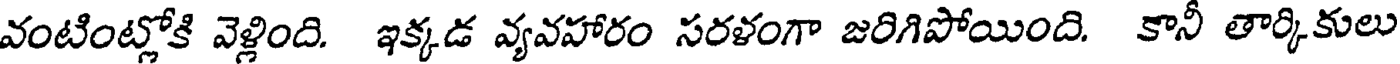
వంటింట్లోకి వెళ్లింది. ఇక్కడ వ్యవహారం సరళంగా జరిగిపోయింది. కానీ తార్కికులు